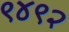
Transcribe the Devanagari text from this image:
९४९२